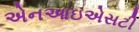
એનઆઇએસટી